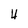
Character: 4